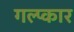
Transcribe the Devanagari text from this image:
गल्प्कार